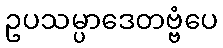
ဥပသမ္ပာဒေတဗ္ဗံပေ